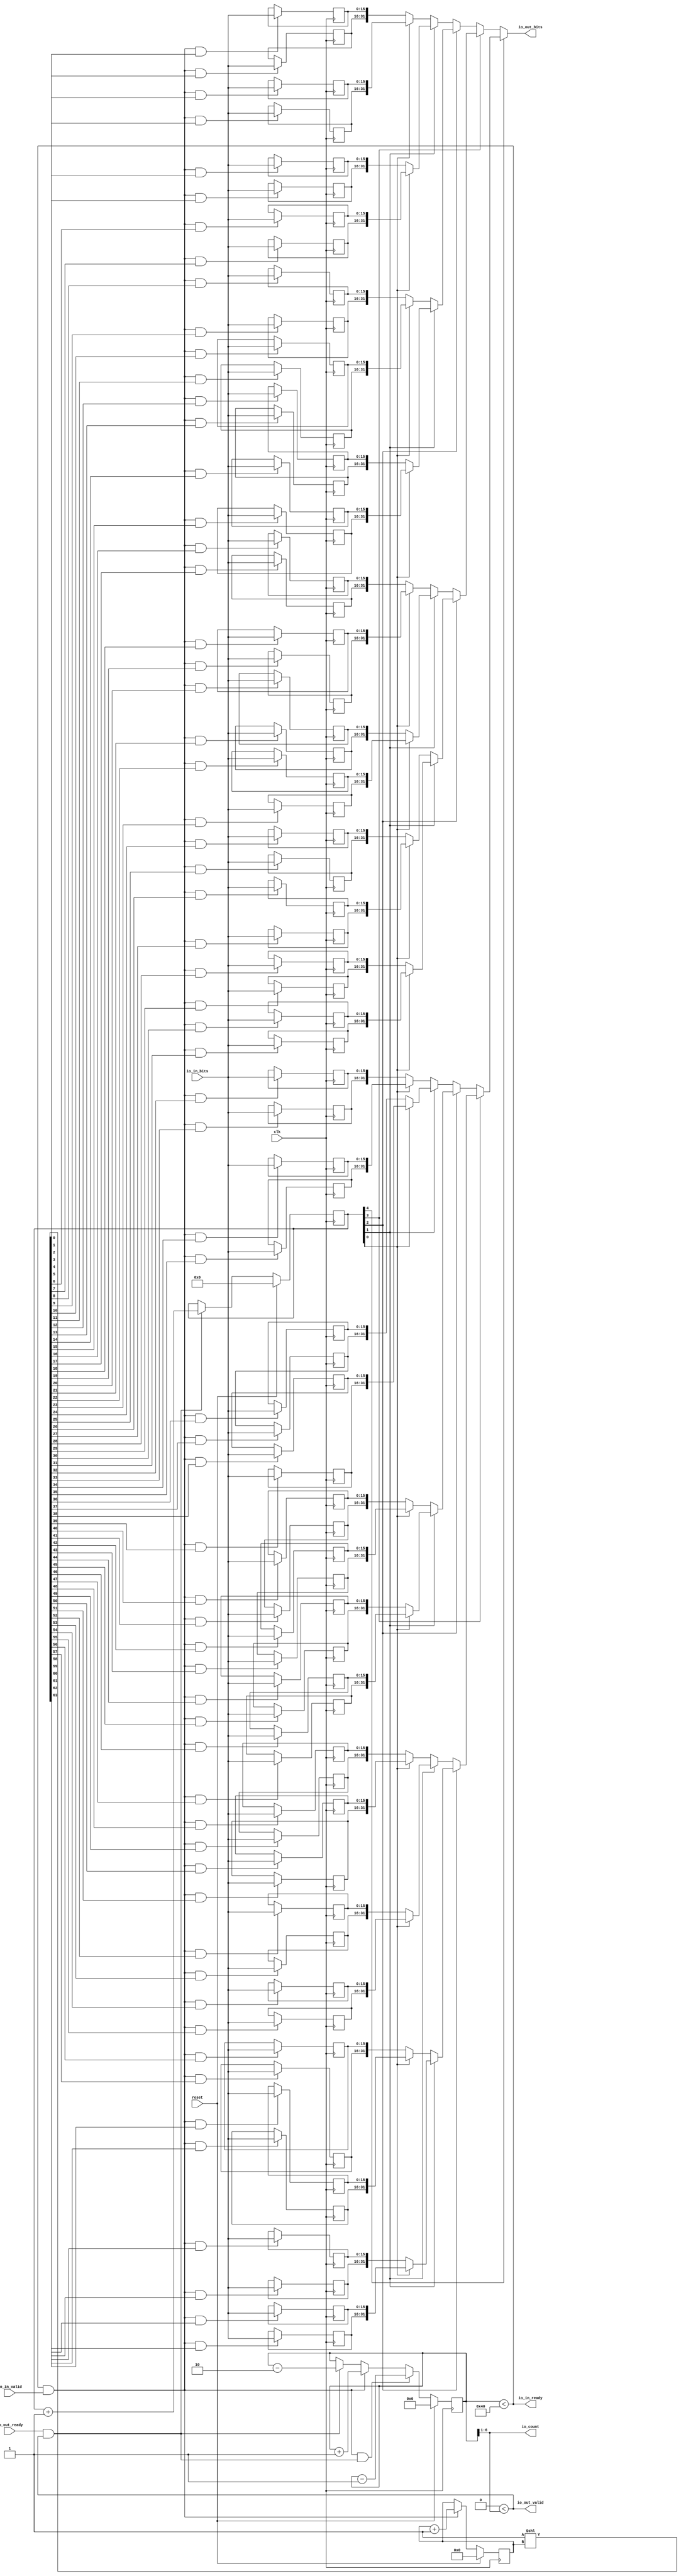
module MultiWidthFifo_0(input clk, input reset,
    output io_in_ready,
    input  io_in_valid,
    input [15:0] io_in_bits,
    input  io_out_ready,
    output io_out_valid,
    output[31:0] io_out_bits,
    output[5:0] io_count
);

  wire[5:0] T0;
  reg [6:0] R1;
  wire[6:0] T376;
  wire[6:0] T2;
  wire[6:0] T3;
  wire[6:0] T4;
  wire[6:0] T5;
  wire T6;
  wire[6:0] T7;
  wire T8;
  wire[6:0] T9;
  wire T10;
  wire T11;
  wire T12;
  wire[31:0] T13;
  wire[31:0] T14;
  wire[31:0] T15;
  wire[31:0] T16;
  wire[31:0] T17;
  wire[31:0] T18;
  reg [15:0] R19;
  wire[15:0] T20;
  wire T21;
  wire T22;
  wire[63:0] T23;
  wire[5:0] T24;
  reg [5:0] R25;
  wire[5:0] T377;
  wire[5:0] T26;
  wire[5:0] T27;
  wire T28;
  reg [15:0] R29;
  wire[15:0] T30;
  wire T31;
  wire T32;
  wire[31:0] T33;
  reg [15:0] R34;
  wire[15:0] T35;
  wire T36;
  wire T37;
  reg [15:0] R38;
  wire[15:0] T39;
  wire T40;
  wire T41;
  wire T42;
  wire[4:0] T43;
  reg [4:0] R44;
  wire[4:0] T378;
  wire[4:0] T45;
  wire[4:0] T46;
  wire T47;
  wire[31:0] T48;
  wire[31:0] T49;
  reg [15:0] R50;
  wire[15:0] T51;
  wire T52;
  wire T53;
  reg [15:0] R54;
  wire[15:0] T55;
  wire T56;
  wire T57;
  wire[31:0] T58;
  reg [15:0] R59;
  wire[15:0] T60;
  wire T61;
  wire T62;
  reg [15:0] R63;
  wire[15:0] T64;
  wire T65;
  wire T66;
  wire T67;
  wire T68;
  wire[31:0] T69;
  wire[31:0] T70;
  wire[31:0] T71;
  reg [15:0] R72;
  wire[15:0] T73;
  wire T74;
  wire T75;
  reg [15:0] R76;
  wire[15:0] T77;
  wire T78;
  wire T79;
  wire[31:0] T80;
  reg [15:0] R81;
  wire[15:0] T82;
  wire T83;
  wire T84;
  reg [15:0] R85;
  wire[15:0] T86;
  wire T87;
  wire T88;
  wire T89;
  wire[31:0] T90;
  wire[31:0] T91;
  reg [15:0] R92;
  wire[15:0] T93;
  wire T94;
  wire T95;
  reg [15:0] R96;
  wire[15:0] T97;
  wire T98;
  wire T99;
  wire[31:0] T100;
  reg [15:0] R101;
  wire[15:0] T102;
  wire T103;
  wire T104;
  reg [15:0] R105;
  wire[15:0] T106;
  wire T107;
  wire T108;
  wire T109;
  wire T110;
  wire T111;
  wire[31:0] T112;
  wire[31:0] T113;
  wire[31:0] T114;
  wire[31:0] T115;
  reg [15:0] R116;
  wire[15:0] T117;
  wire T118;
  wire T119;
  reg [15:0] R120;
  wire[15:0] T121;
  wire T122;
  wire T123;
  wire[31:0] T124;
  reg [15:0] R125;
  wire[15:0] T126;
  wire T127;
  wire T128;
  reg [15:0] R129;
  wire[15:0] T130;
  wire T131;
  wire T132;
  wire T133;
  wire[31:0] T134;
  wire[31:0] T135;
  reg [15:0] R136;
  wire[15:0] T137;
  wire T138;
  wire T139;
  reg [15:0] R140;
  wire[15:0] T141;
  wire T142;
  wire T143;
  wire[31:0] T144;
  reg [15:0] R145;
  wire[15:0] T146;
  wire T147;
  wire T148;
  reg [15:0] R149;
  wire[15:0] T150;
  wire T151;
  wire T152;
  wire T153;
  wire T154;
  wire[31:0] T155;
  wire[31:0] T156;
  wire[31:0] T157;
  reg [15:0] R158;
  wire[15:0] T159;
  wire T160;
  wire T161;
  reg [15:0] R162;
  wire[15:0] T163;
  wire T164;
  wire T165;
  wire[31:0] T166;
  reg [15:0] R167;
  wire[15:0] T168;
  wire T169;
  wire T170;
  reg [15:0] R171;
  wire[15:0] T172;
  wire T173;
  wire T174;
  wire T175;
  wire[31:0] T176;
  wire[31:0] T177;
  reg [15:0] R178;
  wire[15:0] T179;
  wire T180;
  wire T181;
  reg [15:0] R182;
  wire[15:0] T183;
  wire T184;
  wire T185;
  wire[31:0] T186;
  reg [15:0] R187;
  wire[15:0] T188;
  wire T189;
  wire T190;
  reg [15:0] R191;
  wire[15:0] T192;
  wire T193;
  wire T194;
  wire T195;
  wire T196;
  wire T197;
  wire T198;
  wire[31:0] T199;
  wire[31:0] T200;
  wire[31:0] T201;
  wire[31:0] T202;
  wire[31:0] T203;
  reg [15:0] R204;
  wire[15:0] T205;
  wire T206;
  wire T207;
  reg [15:0] R208;
  wire[15:0] T209;
  wire T210;
  wire T211;
  wire[31:0] T212;
  reg [15:0] R213;
  wire[15:0] T214;
  wire T215;
  wire T216;
  reg [15:0] R217;
  wire[15:0] T218;
  wire T219;
  wire T220;
  wire T221;
  wire[31:0] T222;
  wire[31:0] T223;
  reg [15:0] R224;
  wire[15:0] T225;
  wire T226;
  wire T227;
  reg [15:0] R228;
  wire[15:0] T229;
  wire T230;
  wire T231;
  wire[31:0] T232;
  reg [15:0] R233;
  wire[15:0] T234;
  wire T235;
  wire T236;
  reg [15:0] R237;
  wire[15:0] T238;
  wire T239;
  wire T240;
  wire T241;
  wire T242;
  wire[31:0] T243;
  wire[31:0] T244;
  wire[31:0] T245;
  reg [15:0] R246;
  wire[15:0] T247;
  wire T248;
  wire T249;
  reg [15:0] R250;
  wire[15:0] T251;
  wire T252;
  wire T253;
  wire[31:0] T254;
  reg [15:0] R255;
  wire[15:0] T256;
  wire T257;
  wire T258;
  reg [15:0] R259;
  wire[15:0] T260;
  wire T261;
  wire T262;
  wire T263;
  wire[31:0] T264;
  wire[31:0] T265;
  reg [15:0] R266;
  wire[15:0] T267;
  wire T268;
  wire T269;
  reg [15:0] R270;
  wire[15:0] T271;
  wire T272;
  wire T273;
  wire[31:0] T274;
  reg [15:0] R275;
  wire[15:0] T276;
  wire T277;
  wire T278;
  reg [15:0] R279;
  wire[15:0] T280;
  wire T281;
  wire T282;
  wire T283;
  wire T284;
  wire T285;
  wire[31:0] T286;
  wire[31:0] T287;
  wire[31:0] T288;
  wire[31:0] T289;
  reg [15:0] R290;
  wire[15:0] T291;
  wire T292;
  wire T293;
  reg [15:0] R294;
  wire[15:0] T295;
  wire T296;
  wire T297;
  wire[31:0] T298;
  reg [15:0] R299;
  wire[15:0] T300;
  wire T301;
  wire T302;
  reg [15:0] R303;
  wire[15:0] T304;
  wire T305;
  wire T306;
  wire T307;
  wire[31:0] T308;
  wire[31:0] T309;
  reg [15:0] R310;
  wire[15:0] T311;
  wire T312;
  wire T313;
  reg [15:0] R314;
  wire[15:0] T315;
  wire T316;
  wire T317;
  wire[31:0] T318;
  reg [15:0] R319;
  wire[15:0] T320;
  wire T321;
  wire T322;
  reg [15:0] R323;
  wire[15:0] T324;
  wire T325;
  wire T326;
  wire T327;
  wire T328;
  wire[31:0] T329;
  wire[31:0] T330;
  wire[31:0] T331;
  reg [15:0] R332;
  wire[15:0] T333;
  wire T334;
  wire T335;
  reg [15:0] R336;
  wire[15:0] T337;
  wire T338;
  wire T339;
  wire[31:0] T340;
  reg [15:0] R341;
  wire[15:0] T342;
  wire T343;
  wire T344;
  reg [15:0] R345;
  wire[15:0] T346;
  wire T347;
  wire T348;
  wire T349;
  wire[31:0] T350;
  wire[31:0] T351;
  reg [15:0] R352;
  wire[15:0] T353;
  wire T354;
  wire T355;
  reg [15:0] R356;
  wire[15:0] T357;
  wire T358;
  wire T359;
  wire[31:0] T360;
  reg [15:0] R361;
  wire[15:0] T362;
  wire T363;
  wire T364;
  reg [15:0] R365;
  wire[15:0] T366;
  wire T367;
  wire T368;
  wire T369;
  wire T370;
  wire T371;
  wire T372;
  wire T373;
  wire T374;
  wire T375;

`ifndef SYNTHESIS
// synthesis translate_off
  integer initvar;
  initial begin
    #0.002;
    R1 = {1{$random}};
    R19 = {1{$random}};
    R25 = {1{$random}};
    R29 = {1{$random}};
    R34 = {1{$random}};
    R38 = {1{$random}};
    R44 = {1{$random}};
    R50 = {1{$random}};
    R54 = {1{$random}};
    R59 = {1{$random}};
    R63 = {1{$random}};
    R72 = {1{$random}};
    R76 = {1{$random}};
    R81 = {1{$random}};
    R85 = {1{$random}};
    R92 = {1{$random}};
    R96 = {1{$random}};
    R101 = {1{$random}};
    R105 = {1{$random}};
    R116 = {1{$random}};
    R120 = {1{$random}};
    R125 = {1{$random}};
    R129 = {1{$random}};
    R136 = {1{$random}};
    R140 = {1{$random}};
    R145 = {1{$random}};
    R149 = {1{$random}};
    R158 = {1{$random}};
    R162 = {1{$random}};
    R167 = {1{$random}};
    R171 = {1{$random}};
    R178 = {1{$random}};
    R182 = {1{$random}};
    R187 = {1{$random}};
    R191 = {1{$random}};
    R204 = {1{$random}};
    R208 = {1{$random}};
    R213 = {1{$random}};
    R217 = {1{$random}};
    R224 = {1{$random}};
    R228 = {1{$random}};
    R233 = {1{$random}};
    R237 = {1{$random}};
    R246 = {1{$random}};
    R250 = {1{$random}};
    R255 = {1{$random}};
    R259 = {1{$random}};
    R266 = {1{$random}};
    R270 = {1{$random}};
    R275 = {1{$random}};
    R279 = {1{$random}};
    R290 = {1{$random}};
    R294 = {1{$random}};
    R299 = {1{$random}};
    R303 = {1{$random}};
    R310 = {1{$random}};
    R314 = {1{$random}};
    R319 = {1{$random}};
    R323 = {1{$random}};
    R332 = {1{$random}};
    R336 = {1{$random}};
    R341 = {1{$random}};
    R345 = {1{$random}};
    R352 = {1{$random}};
    R356 = {1{$random}};
    R361 = {1{$random}};
    R365 = {1{$random}};
  end
// synthesis translate_on
`endif

  assign io_count = T0;
  assign T0 = R1 >> 1'h1;
  assign T376 = reset ? 7'h0 : T2;
  assign T2 = T10 ? T9 : T3;
  assign T3 = T8 ? T7 : T4;
  assign T4 = T6 ? T5 : R1;
  assign T5 = R1 - 7'h2;
  assign T6 = io_out_ready & io_out_valid;
  assign T7 = R1 + 7'h1;
  assign T8 = io_in_ready & io_in_valid;
  assign T9 = R1 - 7'h1;
  assign T10 = T12 & T11;
  assign T11 = io_out_ready & io_out_valid;
  assign T12 = io_in_ready & io_in_valid;
  assign io_out_bits = T13;
  assign T13 = T373 ? T199 : T14;
  assign T14 = T198 ? T112 : T15;
  assign T15 = T111 ? T69 : T16;
  assign T16 = T68 ? T48 : T17;
  assign T17 = T42 ? T33 : T18;
  assign T18 = {R29, R19};
  assign T20 = T21 ? io_in_bits : R19;
  assign T21 = T28 & T22;
  assign T22 = T23[0];
  assign T23 = 1'h1 << T24;
  assign T24 = R25;
  assign T377 = reset ? 6'h0 : T26;
  assign T26 = T28 ? T27 : R25;
  assign T27 = R25 + 6'h1;
  assign T28 = io_in_ready & io_in_valid;
  assign T30 = T31 ? io_in_bits : R29;
  assign T31 = T28 & T32;
  assign T32 = T23[1];
  assign T33 = {R38, R34};
  assign T35 = T36 ? io_in_bits : R34;
  assign T36 = T28 & T37;
  assign T37 = T23[2];
  assign T39 = T40 ? io_in_bits : R38;
  assign T40 = T28 & T41;
  assign T41 = T23[3];
  assign T42 = T43[0];
  assign T43 = R44;
  assign T378 = reset ? 5'h0 : T45;
  assign T45 = T47 ? T46 : R44;
  assign T46 = R44 + 5'h1;
  assign T47 = io_out_ready & io_out_valid;
  assign T48 = T67 ? T58 : T49;
  assign T49 = {R54, R50};
  assign T51 = T52 ? io_in_bits : R50;
  assign T52 = T28 & T53;
  assign T53 = T23[4];
  assign T55 = T56 ? io_in_bits : R54;
  assign T56 = T28 & T57;
  assign T57 = T23[5];
  assign T58 = {R63, R59};
  assign T60 = T61 ? io_in_bits : R59;
  assign T61 = T28 & T62;
  assign T62 = T23[6];
  assign T64 = T65 ? io_in_bits : R63;
  assign T65 = T28 & T66;
  assign T66 = T23[7];
  assign T67 = T43[0];
  assign T68 = T43[1];
  assign T69 = T110 ? T90 : T70;
  assign T70 = T89 ? T80 : T71;
  assign T71 = {R76, R72};
  assign T73 = T74 ? io_in_bits : R72;
  assign T74 = T28 & T75;
  assign T75 = T23[8];
  assign T77 = T78 ? io_in_bits : R76;
  assign T78 = T28 & T79;
  assign T79 = T23[9];
  assign T80 = {R85, R81};
  assign T82 = T83 ? io_in_bits : R81;
  assign T83 = T28 & T84;
  assign T84 = T23[10];
  assign T86 = T87 ? io_in_bits : R85;
  assign T87 = T28 & T88;
  assign T88 = T23[11];
  assign T89 = T43[0];
  assign T90 = T109 ? T100 : T91;
  assign T91 = {R96, R92};
  assign T93 = T94 ? io_in_bits : R92;
  assign T94 = T28 & T95;
  assign T95 = T23[12];
  assign T97 = T98 ? io_in_bits : R96;
  assign T98 = T28 & T99;
  assign T99 = T23[13];
  assign T100 = {R105, R101};
  assign T102 = T103 ? io_in_bits : R101;
  assign T103 = T28 & T104;
  assign T104 = T23[14];
  assign T106 = T107 ? io_in_bits : R105;
  assign T107 = T28 & T108;
  assign T108 = T23[15];
  assign T109 = T43[0];
  assign T110 = T43[1];
  assign T111 = T43[2];
  assign T112 = T197 ? T155 : T113;
  assign T113 = T154 ? T134 : T114;
  assign T114 = T133 ? T124 : T115;
  assign T115 = {R120, R116};
  assign T117 = T118 ? io_in_bits : R116;
  assign T118 = T28 & T119;
  assign T119 = T23[16];
  assign T121 = T122 ? io_in_bits : R120;
  assign T122 = T28 & T123;
  assign T123 = T23[17];
  assign T124 = {R129, R125};
  assign T126 = T127 ? io_in_bits : R125;
  assign T127 = T28 & T128;
  assign T128 = T23[18];
  assign T130 = T131 ? io_in_bits : R129;
  assign T131 = T28 & T132;
  assign T132 = T23[19];
  assign T133 = T43[0];
  assign T134 = T153 ? T144 : T135;
  assign T135 = {R140, R136};
  assign T137 = T138 ? io_in_bits : R136;
  assign T138 = T28 & T139;
  assign T139 = T23[20];
  assign T141 = T142 ? io_in_bits : R140;
  assign T142 = T28 & T143;
  assign T143 = T23[21];
  assign T144 = {R149, R145};
  assign T146 = T147 ? io_in_bits : R145;
  assign T147 = T28 & T148;
  assign T148 = T23[22];
  assign T150 = T151 ? io_in_bits : R149;
  assign T151 = T28 & T152;
  assign T152 = T23[23];
  assign T153 = T43[0];
  assign T154 = T43[1];
  assign T155 = T196 ? T176 : T156;
  assign T156 = T175 ? T166 : T157;
  assign T157 = {R162, R158};
  assign T159 = T160 ? io_in_bits : R158;
  assign T160 = T28 & T161;
  assign T161 = T23[24];
  assign T163 = T164 ? io_in_bits : R162;
  assign T164 = T28 & T165;
  assign T165 = T23[25];
  assign T166 = {R171, R167};
  assign T168 = T169 ? io_in_bits : R167;
  assign T169 = T28 & T170;
  assign T170 = T23[26];
  assign T172 = T173 ? io_in_bits : R171;
  assign T173 = T28 & T174;
  assign T174 = T23[27];
  assign T175 = T43[0];
  assign T176 = T195 ? T186 : T177;
  assign T177 = {R182, R178};
  assign T179 = T180 ? io_in_bits : R178;
  assign T180 = T28 & T181;
  assign T181 = T23[28];
  assign T183 = T184 ? io_in_bits : R182;
  assign T184 = T28 & T185;
  assign T185 = T23[29];
  assign T186 = {R191, R187};
  assign T188 = T189 ? io_in_bits : R187;
  assign T189 = T28 & T190;
  assign T190 = T23[30];
  assign T192 = T193 ? io_in_bits : R191;
  assign T193 = T28 & T194;
  assign T194 = T23[31];
  assign T195 = T43[0];
  assign T196 = T43[1];
  assign T197 = T43[2];
  assign T198 = T43[3];
  assign T199 = T372 ? T286 : T200;
  assign T200 = T285 ? T243 : T201;
  assign T201 = T242 ? T222 : T202;
  assign T202 = T221 ? T212 : T203;
  assign T203 = {R208, R204};
  assign T205 = T206 ? io_in_bits : R204;
  assign T206 = T28 & T207;
  assign T207 = T23[32];
  assign T209 = T210 ? io_in_bits : R208;
  assign T210 = T28 & T211;
  assign T211 = T23[33];
  assign T212 = {R217, R213};
  assign T214 = T215 ? io_in_bits : R213;
  assign T215 = T28 & T216;
  assign T216 = T23[34];
  assign T218 = T219 ? io_in_bits : R217;
  assign T219 = T28 & T220;
  assign T220 = T23[35];
  assign T221 = T43[0];
  assign T222 = T241 ? T232 : T223;
  assign T223 = {R228, R224};
  assign T225 = T226 ? io_in_bits : R224;
  assign T226 = T28 & T227;
  assign T227 = T23[36];
  assign T229 = T230 ? io_in_bits : R228;
  assign T230 = T28 & T231;
  assign T231 = T23[37];
  assign T232 = {R237, R233};
  assign T234 = T235 ? io_in_bits : R233;
  assign T235 = T28 & T236;
  assign T236 = T23[38];
  assign T238 = T239 ? io_in_bits : R237;
  assign T239 = T28 & T240;
  assign T240 = T23[39];
  assign T241 = T43[0];
  assign T242 = T43[1];
  assign T243 = T284 ? T264 : T244;
  assign T244 = T263 ? T254 : T245;
  assign T245 = {R250, R246};
  assign T247 = T248 ? io_in_bits : R246;
  assign T248 = T28 & T249;
  assign T249 = T23[40];
  assign T251 = T252 ? io_in_bits : R250;
  assign T252 = T28 & T253;
  assign T253 = T23[41];
  assign T254 = {R259, R255};
  assign T256 = T257 ? io_in_bits : R255;
  assign T257 = T28 & T258;
  assign T258 = T23[42];
  assign T260 = T261 ? io_in_bits : R259;
  assign T261 = T28 & T262;
  assign T262 = T23[43];
  assign T263 = T43[0];
  assign T264 = T283 ? T274 : T265;
  assign T265 = {R270, R266};
  assign T267 = T268 ? io_in_bits : R266;
  assign T268 = T28 & T269;
  assign T269 = T23[44];
  assign T271 = T272 ? io_in_bits : R270;
  assign T272 = T28 & T273;
  assign T273 = T23[45];
  assign T274 = {R279, R275};
  assign T276 = T277 ? io_in_bits : R275;
  assign T277 = T28 & T278;
  assign T278 = T23[46];
  assign T280 = T281 ? io_in_bits : R279;
  assign T281 = T28 & T282;
  assign T282 = T23[47];
  assign T283 = T43[0];
  assign T284 = T43[1];
  assign T285 = T43[2];
  assign T286 = T371 ? T329 : T287;
  assign T287 = T328 ? T308 : T288;
  assign T288 = T307 ? T298 : T289;
  assign T289 = {R294, R290};
  assign T291 = T292 ? io_in_bits : R290;
  assign T292 = T28 & T293;
  assign T293 = T23[48];
  assign T295 = T296 ? io_in_bits : R294;
  assign T296 = T28 & T297;
  assign T297 = T23[49];
  assign T298 = {R303, R299};
  assign T300 = T301 ? io_in_bits : R299;
  assign T301 = T28 & T302;
  assign T302 = T23[50];
  assign T304 = T305 ? io_in_bits : R303;
  assign T305 = T28 & T306;
  assign T306 = T23[51];
  assign T307 = T43[0];
  assign T308 = T327 ? T318 : T309;
  assign T309 = {R314, R310};
  assign T311 = T312 ? io_in_bits : R310;
  assign T312 = T28 & T313;
  assign T313 = T23[52];
  assign T315 = T316 ? io_in_bits : R314;
  assign T316 = T28 & T317;
  assign T317 = T23[53];
  assign T318 = {R323, R319};
  assign T320 = T321 ? io_in_bits : R319;
  assign T321 = T28 & T322;
  assign T322 = T23[54];
  assign T324 = T325 ? io_in_bits : R323;
  assign T325 = T28 & T326;
  assign T326 = T23[55];
  assign T327 = T43[0];
  assign T328 = T43[1];
  assign T329 = T370 ? T350 : T330;
  assign T330 = T349 ? T340 : T331;
  assign T331 = {R336, R332};
  assign T333 = T334 ? io_in_bits : R332;
  assign T334 = T28 & T335;
  assign T335 = T23[56];
  assign T337 = T338 ? io_in_bits : R336;
  assign T338 = T28 & T339;
  assign T339 = T23[57];
  assign T340 = {R345, R341};
  assign T342 = T343 ? io_in_bits : R341;
  assign T343 = T28 & T344;
  assign T344 = T23[58];
  assign T346 = T347 ? io_in_bits : R345;
  assign T347 = T28 & T348;
  assign T348 = T23[59];
  assign T349 = T43[0];
  assign T350 = T369 ? T360 : T351;
  assign T351 = {R356, R352};
  assign T353 = T354 ? io_in_bits : R352;
  assign T354 = T28 & T355;
  assign T355 = T23[60];
  assign T357 = T358 ? io_in_bits : R356;
  assign T358 = T28 & T359;
  assign T359 = T23[61];
  assign T360 = {R365, R361};
  assign T362 = T363 ? io_in_bits : R361;
  assign T363 = T28 & T364;
  assign T364 = T23[62];
  assign T366 = T367 ? io_in_bits : R365;
  assign T367 = T28 & T368;
  assign T368 = T23[63];
  assign T369 = T43[0];
  assign T370 = T43[1];
  assign T371 = T43[2];
  assign T372 = T43[3];
  assign T373 = T43[4];
  assign io_out_valid = T374;
  assign T374 = 6'h0 < io_count;
  assign io_in_ready = T375;
  assign T375 = R1 < 7'h40;

  always @(posedge clk) begin
    if(reset) begin
      R1 <= 7'h0;
    end else if(T10) begin
      R1 <= T9;
    end else if(T8) begin
      R1 <= T7;
    end else if(T6) begin
      R1 <= T5;
    end
    if(T21) begin
      R19 <= io_in_bits;
    end
    if(reset) begin
      R25 <= 6'h0;
    end else if(T28) begin
      R25 <= T27;
    end
    if(T31) begin
      R29 <= io_in_bits;
    end
    if(T36) begin
      R34 <= io_in_bits;
    end
    if(T40) begin
      R38 <= io_in_bits;
    end
    if(reset) begin
      R44 <= 5'h0;
    end else if(T47) begin
      R44 <= T46;
    end
    if(T52) begin
      R50 <= io_in_bits;
    end
    if(T56) begin
      R54 <= io_in_bits;
    end
    if(T61) begin
      R59 <= io_in_bits;
    end
    if(T65) begin
      R63 <= io_in_bits;
    end
    if(T74) begin
      R72 <= io_in_bits;
    end
    if(T78) begin
      R76 <= io_in_bits;
    end
    if(T83) begin
      R81 <= io_in_bits;
    end
    if(T87) begin
      R85 <= io_in_bits;
    end
    if(T94) begin
      R92 <= io_in_bits;
    end
    if(T98) begin
      R96 <= io_in_bits;
    end
    if(T103) begin
      R101 <= io_in_bits;
    end
    if(T107) begin
      R105 <= io_in_bits;
    end
    if(T118) begin
      R116 <= io_in_bits;
    end
    if(T122) begin
      R120 <= io_in_bits;
    end
    if(T127) begin
      R125 <= io_in_bits;
    end
    if(T131) begin
      R129 <= io_in_bits;
    end
    if(T138) begin
      R136 <= io_in_bits;
    end
    if(T142) begin
      R140 <= io_in_bits;
    end
    if(T147) begin
      R145 <= io_in_bits;
    end
    if(T151) begin
      R149 <= io_in_bits;
    end
    if(T160) begin
      R158 <= io_in_bits;
    end
    if(T164) begin
      R162 <= io_in_bits;
    end
    if(T169) begin
      R167 <= io_in_bits;
    end
    if(T173) begin
      R171 <= io_in_bits;
    end
    if(T180) begin
      R178 <= io_in_bits;
    end
    if(T184) begin
      R182 <= io_in_bits;
    end
    if(T189) begin
      R187 <= io_in_bits;
    end
    if(T193) begin
      R191 <= io_in_bits;
    end
    if(T206) begin
      R204 <= io_in_bits;
    end
    if(T210) begin
      R208 <= io_in_bits;
    end
    if(T215) begin
      R213 <= io_in_bits;
    end
    if(T219) begin
      R217 <= io_in_bits;
    end
    if(T226) begin
      R224 <= io_in_bits;
    end
    if(T230) begin
      R228 <= io_in_bits;
    end
    if(T235) begin
      R233 <= io_in_bits;
    end
    if(T239) begin
      R237 <= io_in_bits;
    end
    if(T248) begin
      R246 <= io_in_bits;
    end
    if(T252) begin
      R250 <= io_in_bits;
    end
    if(T257) begin
      R255 <= io_in_bits;
    end
    if(T261) begin
      R259 <= io_in_bits;
    end
    if(T268) begin
      R266 <= io_in_bits;
    end
    if(T272) begin
      R270 <= io_in_bits;
    end
    if(T277) begin
      R275 <= io_in_bits;
    end
    if(T281) begin
      R279 <= io_in_bits;
    end
    if(T292) begin
      R290 <= io_in_bits;
    end
    if(T296) begin
      R294 <= io_in_bits;
    end
    if(T301) begin
      R299 <= io_in_bits;
    end
    if(T305) begin
      R303 <= io_in_bits;
    end
    if(T312) begin
      R310 <= io_in_bits;
    end
    if(T316) begin
      R314 <= io_in_bits;
    end
    if(T321) begin
      R319 <= io_in_bits;
    end
    if(T325) begin
      R323 <= io_in_bits;
    end
    if(T334) begin
      R332 <= io_in_bits;
    end
    if(T338) begin
      R336 <= io_in_bits;
    end
    if(T343) begin
      R341 <= io_in_bits;
    end
    if(T347) begin
      R345 <= io_in_bits;
    end
    if(T354) begin
      R352 <= io_in_bits;
    end
    if(T358) begin
      R356 <= io_in_bits;
    end
    if(T363) begin
      R361 <= io_in_bits;
    end
    if(T367) begin
      R365 <= io_in_bits;
    end
  end
endmodule

module MultiWidthFifo_1(input clk, input reset,
    output io_in_ready,
    input  io_in_valid,
    input [31:0] io_in_bits,
    input  io_out_ready,
    output io_out_valid,
    output[15:0] io_out_bits,
    output[5:0] io_count
);

  reg [5:0] R0;
  wire[5:0] T183;
  wire[5:0] T1;
  wire[5:0] T2;
  wire[5:0] T3;
  wire[5:0] T4;
  wire T5;
  wire[5:0] T6;
  wire T7;
  wire[5:0] T8;
  wire T9;
  wire T10;
  wire T11;
  wire[15:0] T12;
  wire[15:0] T13;
  wire[15:0] T14;
  wire[15:0] T15;
  wire[15:0] T16;
  wire[15:0] T17;
  reg [31:0] R18;
  wire[31:0] T19;
  wire T20;
  wire T21;
  wire[15:0] T22;
  wire[3:0] T23;
  reg [3:0] R24;
  wire[3:0] T184;
  wire[3:0] T25;
  wire[3:0] T26;
  wire T27;
  wire[15:0] T28;
  wire T29;
  wire[4:0] T30;
  reg [4:0] R31;
  wire[4:0] T185;
  wire[4:0] T32;
  wire[4:0] T33;
  wire T34;
  wire[15:0] T35;
  wire[15:0] T36;
  reg [31:0] R37;
  wire[31:0] T38;
  wire T39;
  wire T40;
  wire[15:0] T41;
  wire T42;
  wire T43;
  wire[15:0] T44;
  wire[15:0] T45;
  wire[15:0] T46;
  reg [31:0] R47;
  wire[31:0] T48;
  wire T49;
  wire T50;
  wire[15:0] T51;
  wire T52;
  wire[15:0] T53;
  wire[15:0] T54;
  reg [31:0] R55;
  wire[31:0] T56;
  wire T57;
  wire T58;
  wire[15:0] T59;
  wire T60;
  wire T61;
  wire T62;
  wire[15:0] T63;
  wire[15:0] T64;
  wire[15:0] T65;
  wire[15:0] T66;
  reg [31:0] R67;
  wire[31:0] T68;
  wire T69;
  wire T70;
  wire[15:0] T71;
  wire T72;
  wire[15:0] T73;
  wire[15:0] T74;
  reg [31:0] R75;
  wire[31:0] T76;
  wire T77;
  wire T78;
  wire[15:0] T79;
  wire T80;
  wire T81;
  wire[15:0] T82;
  wire[15:0] T83;
  wire[15:0] T84;
  reg [31:0] R85;
  wire[31:0] T86;
  wire T87;
  wire T88;
  wire[15:0] T89;
  wire T90;
  wire[15:0] T91;
  wire[15:0] T92;
  reg [31:0] R93;
  wire[31:0] T94;
  wire T95;
  wire T96;
  wire[15:0] T97;
  wire T98;
  wire T99;
  wire T100;
  wire T101;
  wire[15:0] T102;
  wire[15:0] T103;
  wire[15:0] T104;
  wire[15:0] T105;
  wire[15:0] T106;
  reg [31:0] R107;
  wire[31:0] T108;
  wire T109;
  wire T110;
  wire[15:0] T111;
  wire T112;
  wire[15:0] T113;
  wire[15:0] T114;
  reg [31:0] R115;
  wire[31:0] T116;
  wire T117;
  wire T118;
  wire[15:0] T119;
  wire T120;
  wire T121;
  wire[15:0] T122;
  wire[15:0] T123;
  wire[15:0] T124;
  reg [31:0] R125;
  wire[31:0] T126;
  wire T127;
  wire T128;
  wire[15:0] T129;
  wire T130;
  wire[15:0] T131;
  wire[15:0] T132;
  reg [31:0] R133;
  wire[31:0] T134;
  wire T135;
  wire T136;
  wire[15:0] T137;
  wire T138;
  wire T139;
  wire T140;
  wire[15:0] T141;
  wire[15:0] T142;
  wire[15:0] T143;
  wire[15:0] T144;
  reg [31:0] R145;
  wire[31:0] T146;
  wire T147;
  wire T148;
  wire[15:0] T149;
  wire T150;
  wire[15:0] T151;
  wire[15:0] T152;
  reg [31:0] R153;
  wire[31:0] T154;
  wire T155;
  wire T156;
  wire[15:0] T157;
  wire T158;
  wire T159;
  wire[15:0] T160;
  wire[15:0] T161;
  wire[15:0] T162;
  reg [31:0] R163;
  wire[31:0] T164;
  wire T165;
  wire T166;
  wire[15:0] T167;
  wire T168;
  wire[15:0] T169;
  wire[15:0] T170;
  reg [31:0] R171;
  wire[31:0] T172;
  wire T173;
  wire T174;
  wire[15:0] T175;
  wire T176;
  wire T177;
  wire T178;
  wire T179;
  wire T180;
  wire T181;
  wire T182;

`ifndef SYNTHESIS
// synthesis translate_off
  integer initvar;
  initial begin
    #0.002;
    R0 = {1{$random}};
    R18 = {1{$random}};
    R24 = {1{$random}};
    R31 = {1{$random}};
    R37 = {1{$random}};
    R47 = {1{$random}};
    R55 = {1{$random}};
    R67 = {1{$random}};
    R75 = {1{$random}};
    R85 = {1{$random}};
    R93 = {1{$random}};
    R107 = {1{$random}};
    R115 = {1{$random}};
    R125 = {1{$random}};
    R133 = {1{$random}};
    R145 = {1{$random}};
    R153 = {1{$random}};
    R163 = {1{$random}};
    R171 = {1{$random}};
  end
// synthesis translate_on
`endif

  assign io_count = R0;
  assign T183 = reset ? 6'h0 : T1;
  assign T1 = T9 ? T8 : T2;
  assign T2 = T7 ? T6 : T3;
  assign T3 = T5 ? T4 : R0;
  assign T4 = R0 - 6'h1;
  assign T5 = io_out_ready & io_out_valid;
  assign T6 = R0 + 6'h2;
  assign T7 = io_in_ready & io_in_valid;
  assign T8 = R0 + 6'h1;
  assign T9 = T11 & T10;
  assign T10 = io_out_ready & io_out_valid;
  assign T11 = io_in_ready & io_in_valid;
  assign io_out_bits = T12;
  assign T12 = T180 ? T102 : T13;
  assign T13 = T101 ? T63 : T14;
  assign T14 = T62 ? T44 : T15;
  assign T15 = T43 ? T35 : T16;
  assign T16 = T29 ? T28 : T17;
  assign T17 = R18[15:0];
  assign T19 = T20 ? io_in_bits : R18;
  assign T20 = T27 & T21;
  assign T21 = T22[0];
  assign T22 = 1'h1 << T23;
  assign T23 = R24;
  assign T184 = reset ? 4'h0 : T25;
  assign T25 = T27 ? T26 : R24;
  assign T26 = R24 + 4'h1;
  assign T27 = io_in_ready & io_in_valid;
  assign T28 = R18[31:16];
  assign T29 = T30[0];
  assign T30 = R31;
  assign T185 = reset ? 5'h0 : T32;
  assign T32 = T34 ? T33 : R31;
  assign T33 = R31 + 5'h1;
  assign T34 = io_out_ready & io_out_valid;
  assign T35 = T42 ? T41 : T36;
  assign T36 = R37[15:0];
  assign T38 = T39 ? io_in_bits : R37;
  assign T39 = T27 & T40;
  assign T40 = T22[1];
  assign T41 = R37[31:16];
  assign T42 = T30[0];
  assign T43 = T30[1];
  assign T44 = T61 ? T53 : T45;
  assign T45 = T52 ? T51 : T46;
  assign T46 = R47[15:0];
  assign T48 = T49 ? io_in_bits : R47;
  assign T49 = T27 & T50;
  assign T50 = T22[2];
  assign T51 = R47[31:16];
  assign T52 = T30[0];
  assign T53 = T60 ? T59 : T54;
  assign T54 = R55[15:0];
  assign T56 = T57 ? io_in_bits : R55;
  assign T57 = T27 & T58;
  assign T58 = T22[3];
  assign T59 = R55[31:16];
  assign T60 = T30[0];
  assign T61 = T30[1];
  assign T62 = T30[2];
  assign T63 = T100 ? T82 : T64;
  assign T64 = T81 ? T73 : T65;
  assign T65 = T72 ? T71 : T66;
  assign T66 = R67[15:0];
  assign T68 = T69 ? io_in_bits : R67;
  assign T69 = T27 & T70;
  assign T70 = T22[4];
  assign T71 = R67[31:16];
  assign T72 = T30[0];
  assign T73 = T80 ? T79 : T74;
  assign T74 = R75[15:0];
  assign T76 = T77 ? io_in_bits : R75;
  assign T77 = T27 & T78;
  assign T78 = T22[5];
  assign T79 = R75[31:16];
  assign T80 = T30[0];
  assign T81 = T30[1];
  assign T82 = T99 ? T91 : T83;
  assign T83 = T90 ? T89 : T84;
  assign T84 = R85[15:0];
  assign T86 = T87 ? io_in_bits : R85;
  assign T87 = T27 & T88;
  assign T88 = T22[6];
  assign T89 = R85[31:16];
  assign T90 = T30[0];
  assign T91 = T98 ? T97 : T92;
  assign T92 = R93[15:0];
  assign T94 = T95 ? io_in_bits : R93;
  assign T95 = T27 & T96;
  assign T96 = T22[7];
  assign T97 = R93[31:16];
  assign T98 = T30[0];
  assign T99 = T30[1];
  assign T100 = T30[2];
  assign T101 = T30[3];
  assign T102 = T179 ? T141 : T103;
  assign T103 = T140 ? T122 : T104;
  assign T104 = T121 ? T113 : T105;
  assign T105 = T112 ? T111 : T106;
  assign T106 = R107[15:0];
  assign T108 = T109 ? io_in_bits : R107;
  assign T109 = T27 & T110;
  assign T110 = T22[8];
  assign T111 = R107[31:16];
  assign T112 = T30[0];
  assign T113 = T120 ? T119 : T114;
  assign T114 = R115[15:0];
  assign T116 = T117 ? io_in_bits : R115;
  assign T117 = T27 & T118;
  assign T118 = T22[9];
  assign T119 = R115[31:16];
  assign T120 = T30[0];
  assign T121 = T30[1];
  assign T122 = T139 ? T131 : T123;
  assign T123 = T130 ? T129 : T124;
  assign T124 = R125[15:0];
  assign T126 = T127 ? io_in_bits : R125;
  assign T127 = T27 & T128;
  assign T128 = T22[10];
  assign T129 = R125[31:16];
  assign T130 = T30[0];
  assign T131 = T138 ? T137 : T132;
  assign T132 = R133[15:0];
  assign T134 = T135 ? io_in_bits : R133;
  assign T135 = T27 & T136;
  assign T136 = T22[11];
  assign T137 = R133[31:16];
  assign T138 = T30[0];
  assign T139 = T30[1];
  assign T140 = T30[2];
  assign T141 = T178 ? T160 : T142;
  assign T142 = T159 ? T151 : T143;
  assign T143 = T150 ? T149 : T144;
  assign T144 = R145[15:0];
  assign T146 = T147 ? io_in_bits : R145;
  assign T147 = T27 & T148;
  assign T148 = T22[12];
  assign T149 = R145[31:16];
  assign T150 = T30[0];
  assign T151 = T158 ? T157 : T152;
  assign T152 = R153[15:0];
  assign T154 = T155 ? io_in_bits : R153;
  assign T155 = T27 & T156;
  assign T156 = T22[13];
  assign T157 = R153[31:16];
  assign T158 = T30[0];
  assign T159 = T30[1];
  assign T160 = T177 ? T169 : T161;
  assign T161 = T168 ? T167 : T162;
  assign T162 = R163[15:0];
  assign T164 = T165 ? io_in_bits : R163;
  assign T165 = T27 & T166;
  assign T166 = T22[14];
  assign T167 = R163[31:16];
  assign T168 = T30[0];
  assign T169 = T176 ? T175 : T170;
  assign T170 = R171[15:0];
  assign T172 = T173 ? io_in_bits : R171;
  assign T173 = T27 & T174;
  assign T174 = T22[15];
  assign T175 = R171[31:16];
  assign T176 = T30[0];
  assign T177 = T30[1];
  assign T178 = T30[2];
  assign T179 = T30[3];
  assign T180 = T30[4];
  assign io_out_valid = T181;
  assign T181 = 6'h0 < R0;
  assign io_in_ready = T182;
  assign T182 = R0 < 6'h20;

  always @(posedge clk) begin
    if(reset) begin
      R0 <= 6'h0;
    end else if(T9) begin
      R0 <= T8;
    end else if(T7) begin
      R0 <= T6;
    end else if(T5) begin
      R0 <= T4;
    end
    if(T20) begin
      R18 <= io_in_bits;
    end
    if(reset) begin
      R24 <= 4'h0;
    end else if(T27) begin
      R24 <= T26;
    end
    if(reset) begin
      R31 <= 5'h0;
    end else if(T34) begin
      R31 <= T33;
    end
    if(T39) begin
      R37 <= io_in_bits;
    end
    if(T49) begin
      R47 <= io_in_bits;
    end
    if(T57) begin
      R55 <= io_in_bits;
    end
    if(T69) begin
      R67 <= io_in_bits;
    end
    if(T77) begin
      R75 <= io_in_bits;
    end
    if(T87) begin
      R85 <= io_in_bits;
    end
    if(T95) begin
      R93 <= io_in_bits;
    end
    if(T109) begin
      R107 <= io_in_bits;
    end
    if(T117) begin
      R115 <= io_in_bits;
    end
    if(T127) begin
      R125 <= io_in_bits;
    end
    if(T135) begin
      R133 <= io_in_bits;
    end
    if(T147) begin
      R145 <= io_in_bits;
    end
    if(T155) begin
      R153 <= io_in_bits;
    end
    if(T165) begin
      R163 <= io_in_bits;
    end
    if(T173) begin
      R171 <= io_in_bits;
    end
  end
endmodule

module NastiIOHostIOConverter(input clk, input reset,
    output io_nasti_aw_ready,
    input  io_nasti_aw_valid,
    input [31:0] io_nasti_aw_bits_addr,
    input [7:0] io_nasti_aw_bits_len,
    input [2:0] io_nasti_aw_bits_size,
    input [1:0] io_nasti_aw_bits_burst,
    input  io_nasti_aw_bits_lock,
    input [3:0] io_nasti_aw_bits_cache,
    input [2:0] io_nasti_aw_bits_prot,
    input [3:0] io_nasti_aw_bits_qos,
    input [3:0] io_nasti_aw_bits_region,
    input [11:0] io_nasti_aw_bits_id,
    input  io_nasti_aw_bits_user,
    output io_nasti_w_ready,
    input  io_nasti_w_valid,
    input [31:0] io_nasti_w_bits_data,
    input  io_nasti_w_bits_last,
    input [11:0] io_nasti_w_bits_id,
    input [3:0] io_nasti_w_bits_strb,
    input  io_nasti_w_bits_user,
    input  io_nasti_b_ready,
    output io_nasti_b_valid,
    output[1:0] io_nasti_b_bits_resp,
    output[11:0] io_nasti_b_bits_id,
    output io_nasti_b_bits_user,
    output io_nasti_ar_ready,
    input  io_nasti_ar_valid,
    input [31:0] io_nasti_ar_bits_addr,
    input [7:0] io_nasti_ar_bits_len,
    input [2:0] io_nasti_ar_bits_size,
    input [1:0] io_nasti_ar_bits_burst,
    input  io_nasti_ar_bits_lock,
    input [3:0] io_nasti_ar_bits_cache,
    input [2:0] io_nasti_ar_bits_prot,
    input [3:0] io_nasti_ar_bits_qos,
    input [3:0] io_nasti_ar_bits_region,
    input [11:0] io_nasti_ar_bits_id,
    input  io_nasti_ar_bits_user,
    input  io_nasti_r_ready,
    output io_nasti_r_valid,
    output[1:0] io_nasti_r_bits_resp,
    output[31:0] io_nasti_r_bits_data,
    output io_nasti_r_bits_last,
    output[11:0] io_nasti_r_bits_id,
    output io_nasti_r_bits_user,
    input  io_host_clk,
    input  io_host_clk_edge,
    input  io_host_in_ready,
    output io_host_in_valid,
    output[15:0] io_host_in_bits,
    output io_host_out_ready,
    input  io_host_out_valid,
    input [15:0] io_host_out_bits,
    output io_reset
);

  reg  T0;
  wire T1;
  wire T2;
  wire T3;
  wire T4;
  wire T5;
  wire T6;
  reg  T7;
  wire T8;
  wire T9;
  wire T10;
  wire T11;
  wire T12;
  wire T13;
  reg  T14;
  wire T15;
  wire T16;
  wire T17;
  wire T18;
  wire T19;
  reg  fifo_wen;
  wire T76;
  wire T20;
  wire T21;
  wire T22;
  wire T23;
  wire[4:0] waddr;
  wire T24;
  wire T25;
  wire T26;
  wire T27;
  reg  fifo_ren;
  wire T77;
  wire T28;
  wire T29;
  wire T30;
  wire T31;
  wire[4:0] raddr;
  wire T32;
  wire T33;
  wire T34;
  wire T35;
  reg  wr_reset;
  wire T78;
  wire T36;
  wire T37;
  wire T38;
  wire T39;
  wire T40;
  wire T41;
  wire T42;
  wire[11:0] T43;
  reg [11:0] fifo_rd_id;
  wire[11:0] T44;
  wire T45;
  wire T46;
  reg [7:0] fifo_rd_len;
  wire[7:0] T47;
  wire[7:0] T48;
  wire[7:0] T49;
  wire T50;
  wire T51;
  wire[31:0] T52;
  wire[31:0] T53;
  wire[31:0] T79;
  wire[1:0] T54;
  wire T55;
  reg  rd_count;
  wire T80;
  wire T56;
  wire T57;
  wire T58;
  wire T59;
  wire T60;
  wire T61;
  wire T62;
  wire T63;
  wire T64;
  wire[11:0] T65;
  reg [11:0] fifo_wr_id;
  wire[11:0] T66;
  wire[1:0] T67;
  reg  fifo_wr_ack;
  wire T81;
  wire T68;
  wire T69;
  wire T70;
  wire T71;
  wire T72;
  wire T73;
  wire T74;
  wire T75;
  wire hn_fifo_io_in_ready;
  wire hn_fifo_io_out_valid;
  wire[31:0] hn_fifo_io_out_bits;
  wire[5:0] hn_fifo_io_count;
  wire nh_fifo_io_in_ready;
  wire nh_fifo_io_out_valid;
  wire[15:0] nh_fifo_io_out_bits;

`ifndef SYNTHESIS
// synthesis translate_off
  integer initvar;
  initial begin
    #0.002;
    T0 = 1'b0;
    T7 = 1'b0;
    T14 = 1'b0;
    fifo_wen = {1{$random}};
    fifo_ren = {1{$random}};
    wr_reset = {1{$random}};
    fifo_rd_id = {1{$random}};
    fifo_rd_len = {1{$random}};
    rd_count = {1{$random}};
    fifo_wr_id = {1{$random}};
    fifo_wr_ack = {1{$random}};
  end
// synthesis translate_on
`endif

  assign T1 = T2 | reset;
  assign T2 = T4 | T3;
  assign T3 = io_nasti_aw_bits_burst == 2'h0;
  assign T4 = T6 | T5;
  assign T5 = io_nasti_aw_bits_len == 8'h0;
  assign T6 = io_nasti_aw_valid ^ 1'h1;
  assign T8 = T9 | reset;
  assign T9 = T11 | T10;
  assign T10 = io_nasti_ar_bits_burst == 2'h0;
  assign T11 = T13 | T12;
  assign T12 = io_nasti_ar_bits_len == 8'h0;
  assign T13 = io_nasti_ar_valid ^ 1'h1;
  assign T15 = T16 | reset;
  assign T16 = T18 | T17;
  assign T17 = io_nasti_w_bits_strb == 4'hf;
  assign T18 = io_nasti_w_valid ^ 1'h1;
  assign T19 = fifo_wen & io_nasti_w_valid;
  assign T76 = reset ? 1'h0 : T20;
  assign T20 = T25 ? 1'h0 : T21;
  assign T21 = T22 ? 1'h1 : fifo_wen;
  assign T22 = T24 & T23;
  assign T23 = waddr == 5'h0;
  assign waddr = io_nasti_aw_bits_addr[6:2];
  assign T24 = io_nasti_aw_ready & io_nasti_aw_valid;
  assign T25 = T26 & io_nasti_w_bits_last;
  assign T26 = io_nasti_w_ready & io_nasti_w_valid;
  assign T27 = fifo_ren & io_nasti_r_ready;
  assign T77 = reset ? 1'h0 : T28;
  assign T28 = T33 ? 1'h0 : T29;
  assign T29 = T30 ? 1'h1 : fifo_ren;
  assign T30 = T32 & T31;
  assign T31 = raddr == 5'h1;
  assign raddr = io_nasti_ar_bits_addr[6:2];
  assign T32 = io_nasti_ar_ready & io_nasti_ar_valid;
  assign T33 = T34 & io_nasti_r_bits_last;
  assign T34 = io_nasti_r_ready & io_nasti_r_valid;
  assign io_reset = T35;
  assign T35 = io_nasti_w_valid & wr_reset;
  assign T78 = reset ? 1'h0 : T36;
  assign T36 = T25 ? 1'h0 : T37;
  assign T37 = T38 ? 1'h1 : wr_reset;
  assign T38 = T24 & T39;
  assign T39 = T41 & T40;
  assign T40 = waddr == 5'h1f;
  assign T41 = T23 ^ 1'h1;
  assign io_host_out_ready = hn_fifo_io_in_ready;
  assign io_host_in_bits = nh_fifo_io_out_bits;
  assign io_host_in_valid = nh_fifo_io_out_valid;
  assign io_nasti_r_bits_user = T42;
  assign T42 = 1'h0;
  assign io_nasti_r_bits_id = T43;
  assign T43 = fifo_rd_id;
  assign T44 = T32 ? io_nasti_ar_bits_id : fifo_rd_id;
  assign io_nasti_r_bits_last = T45;
  assign T45 = T46;
  assign T46 = fifo_rd_len == 8'h0;
  assign T47 = T50 ? T49 : T48;
  assign T48 = T32 ? io_nasti_ar_bits_len : fifo_rd_len;
  assign T49 = fifo_rd_len - 8'h1;
  assign T50 = T34 & T51;
  assign T51 = io_nasti_r_bits_last ^ 1'h1;
  assign io_nasti_r_bits_data = T52;
  assign T52 = T53;
  assign T53 = fifo_ren ? hn_fifo_io_out_bits : T79;
  assign T79 = {26'h0, hn_fifo_io_count};
  assign io_nasti_r_bits_resp = T54;
  assign T54 = 2'h0;
  assign io_nasti_r_valid = T55;
  assign T55 = T62 | rd_count;
  assign T80 = reset ? 1'h0 : T56;
  assign T56 = T33 ? 1'h0 : T57;
  assign T57 = T58 ? 1'h1 : rd_count;
  assign T58 = T32 & T59;
  assign T59 = T61 & T60;
  assign T60 = raddr == 5'h0;
  assign T61 = T31 ^ 1'h1;
  assign T62 = fifo_ren & hn_fifo_io_out_valid;
  assign io_nasti_ar_ready = T63;
  assign T63 = fifo_ren ^ 1'h1;
  assign io_nasti_b_bits_user = T64;
  assign T64 = 1'h0;
  assign io_nasti_b_bits_id = T65;
  assign T65 = fifo_wr_id;
  assign T66 = T24 ? io_nasti_aw_bits_id : fifo_wr_id;
  assign io_nasti_b_bits_resp = T67;
  assign T67 = 2'h0;
  assign io_nasti_b_valid = fifo_wr_ack;
  assign T81 = reset ? 1'h0 : T68;
  assign T68 = T70 ? 1'h0 : T69;
  assign T69 = T25 ? 1'h1 : fifo_wr_ack;
  assign T70 = io_nasti_b_ready & io_nasti_b_valid;
  assign io_nasti_w_ready = T71;
  assign T71 = T72 | wr_reset;
  assign T72 = fifo_wen & nh_fifo_io_in_ready;
  assign io_nasti_aw_ready = T73;
  assign T73 = T75 & T74;
  assign T74 = fifo_wr_ack ^ 1'h1;
  assign T75 = fifo_wen ^ 1'h1;
  MultiWidthFifo_0 hn_fifo(.clk(clk), .reset(reset),
       .io_in_ready( hn_fifo_io_in_ready ),
       .io_in_valid( io_host_out_valid ),
       .io_in_bits( io_host_out_bits ),
       .io_out_ready( T27 ),
       .io_out_valid( hn_fifo_io_out_valid ),
       .io_out_bits( hn_fifo_io_out_bits ),
       .io_count( hn_fifo_io_count )
  );
  MultiWidthFifo_1 nh_fifo(.clk(clk), .reset(reset),
       .io_in_ready( nh_fifo_io_in_ready ),
       .io_in_valid( T19 ),
       .io_in_bits( io_nasti_w_bits_data ),
       .io_out_ready( io_host_in_ready ),
       .io_out_valid( nh_fifo_io_out_valid ),
       .io_out_bits( nh_fifo_io_out_bits )
       //.io_count(  )
  );

  always @(posedge clk) begin
`ifndef SYNTHESIS
// synthesis translate_off
  if(reset) T14 <= 1'b1;
  if(!T15 && T14 && !reset) begin
    $fwrite(32'h80000002, "ASSERTION FAILED: %s\n", "Nasti to HostIO converter cannot take partial writes");
    $finish;
  end
// synthesis translate_on
`endif
`ifndef SYNTHESIS
// synthesis translate_off
  if(reset) T7 <= 1'b1;
  if(!T8 && T7 && !reset) begin
    $fwrite(32'h80000002, "ASSERTION FAILED: %s\n", "Nasti to HostIO converter can only take fixed bursts");
    $finish;
  end
// synthesis translate_on
`endif
`ifndef SYNTHESIS
// synthesis translate_off
  if(reset) T0 <= 1'b1;
  if(!T1 && T0 && !reset) begin
    $fwrite(32'h80000002, "ASSERTION FAILED: %s\n", "Nasti to HostIO converter can only take fixed bursts");
    $finish;
  end
// synthesis translate_on
`endif
    if(reset) begin
      fifo_wen <= 1'h0;
    end else if(T25) begin
      fifo_wen <= 1'h0;
    end else if(T22) begin
      fifo_wen <= 1'h1;
    end
    if(reset) begin
      fifo_ren <= 1'h0;
    end else if(T33) begin
      fifo_ren <= 1'h0;
    end else if(T30) begin
      fifo_ren <= 1'h1;
    end
    if(reset) begin
      wr_reset <= 1'h0;
    end else if(T25) begin
      wr_reset <= 1'h0;
    end else if(T38) begin
      wr_reset <= 1'h1;
    end
    if(T32) begin
      fifo_rd_id <= io_nasti_ar_bits_id;
    end
    if(T50) begin
      fifo_rd_len <= T49;
    end else if(T32) begin
      fifo_rd_len <= io_nasti_ar_bits_len;
    end
    if(reset) begin
      rd_count <= 1'h0;
    end else if(T33) begin
      rd_count <= 1'h0;
    end else if(T58) begin
      rd_count <= 1'h1;
    end
    if(T24) begin
      fifo_wr_id <= io_nasti_aw_bits_id;
    end
    if(reset) begin
      fifo_wr_ack <= 1'h0;
    end else if(T70) begin
      fifo_wr_ack <= 1'h0;
    end else if(T25) begin
      fifo_wr_ack <= 1'h1;
    end
  end
endmodule

module ZynqAdapter(input clk, input reset,
    output io_nasti_aw_ready,
    input  io_nasti_aw_valid,
    input [31:0] io_nasti_aw_bits_addr,
    input [7:0] io_nasti_aw_bits_len,
    input [2:0] io_nasti_aw_bits_size,
    input [1:0] io_nasti_aw_bits_burst,
    input  io_nasti_aw_bits_lock,
    input [3:0] io_nasti_aw_bits_cache,
    input [2:0] io_nasti_aw_bits_prot,
    input [3:0] io_nasti_aw_bits_qos,
    input [3:0] io_nasti_aw_bits_region,
    input [11:0] io_nasti_aw_bits_id,
    input  io_nasti_aw_bits_user,
    output io_nasti_w_ready,
    input  io_nasti_w_valid,
    input [31:0] io_nasti_w_bits_data,
    input  io_nasti_w_bits_last,
    input [11:0] io_nasti_w_bits_id,
    input [3:0] io_nasti_w_bits_strb,
    input  io_nasti_w_bits_user,
    input  io_nasti_b_ready,
    output io_nasti_b_valid,
    output[1:0] io_nasti_b_bits_resp,
    output[11:0] io_nasti_b_bits_id,
    output io_nasti_b_bits_user,
    output io_nasti_ar_ready,
    input  io_nasti_ar_valid,
    input [31:0] io_nasti_ar_bits_addr,
    input [7:0] io_nasti_ar_bits_len,
    input [2:0] io_nasti_ar_bits_size,
    input [1:0] io_nasti_ar_bits_burst,
    input  io_nasti_ar_bits_lock,
    input [3:0] io_nasti_ar_bits_cache,
    input [2:0] io_nasti_ar_bits_prot,
    input [3:0] io_nasti_ar_bits_qos,
    input [3:0] io_nasti_ar_bits_region,
    input [11:0] io_nasti_ar_bits_id,
    input  io_nasti_ar_bits_user,
    input  io_nasti_r_ready,
    output io_nasti_r_valid,
    output[1:0] io_nasti_r_bits_resp,
    output[31:0] io_nasti_r_bits_data,
    output io_nasti_r_bits_last,
    output[11:0] io_nasti_r_bits_id,
    output io_nasti_r_bits_user,
    input  io_host_clk,
    input  io_host_clk_edge,
    input  io_host_in_ready,
    output io_host_in_valid,
    output[15:0] io_host_in_bits,
    output io_host_out_ready,
    input  io_host_out_valid,
    input [15:0] io_host_out_bits,
    output io_reset
);

  wire conv_io_nasti_aw_ready;
  wire conv_io_nasti_w_ready;
  wire conv_io_nasti_b_valid;
  wire[1:0] conv_io_nasti_b_bits_resp;
  wire[11:0] conv_io_nasti_b_bits_id;
  wire conv_io_nasti_b_bits_user;
  wire conv_io_nasti_ar_ready;
  wire conv_io_nasti_r_valid;
  wire[1:0] conv_io_nasti_r_bits_resp;
  wire[31:0] conv_io_nasti_r_bits_data;
  wire conv_io_nasti_r_bits_last;
  wire[11:0] conv_io_nasti_r_bits_id;
  wire conv_io_nasti_r_bits_user;
  wire conv_io_host_in_valid;
  wire[15:0] conv_io_host_in_bits;
  wire conv_io_host_out_ready;
  wire conv_io_reset;


  assign io_reset = conv_io_reset;
  assign io_host_out_ready = conv_io_host_out_ready;
  assign io_host_in_bits = conv_io_host_in_bits;
  assign io_host_in_valid = conv_io_host_in_valid;
  assign io_nasti_r_bits_user = conv_io_nasti_r_bits_user;
  assign io_nasti_r_bits_id = conv_io_nasti_r_bits_id;
  assign io_nasti_r_bits_last = conv_io_nasti_r_bits_last;
  assign io_nasti_r_bits_data = conv_io_nasti_r_bits_data;
  assign io_nasti_r_bits_resp = conv_io_nasti_r_bits_resp;
  assign io_nasti_r_valid = conv_io_nasti_r_valid;
  assign io_nasti_ar_ready = conv_io_nasti_ar_ready;
  assign io_nasti_b_bits_user = conv_io_nasti_b_bits_user;
  assign io_nasti_b_bits_id = conv_io_nasti_b_bits_id;
  assign io_nasti_b_bits_resp = conv_io_nasti_b_bits_resp;
  assign io_nasti_b_valid = conv_io_nasti_b_valid;
  assign io_nasti_w_ready = conv_io_nasti_w_ready;
  assign io_nasti_aw_ready = conv_io_nasti_aw_ready;
  NastiIOHostIOConverter conv(.clk(clk), .reset(reset),
       .io_nasti_aw_ready( conv_io_nasti_aw_ready ),
       .io_nasti_aw_valid( io_nasti_aw_valid ),
       .io_nasti_aw_bits_addr( io_nasti_aw_bits_addr ),
       .io_nasti_aw_bits_len( io_nasti_aw_bits_len ),
       .io_nasti_aw_bits_size( io_nasti_aw_bits_size ),
       .io_nasti_aw_bits_burst( io_nasti_aw_bits_burst ),
       .io_nasti_aw_bits_lock( io_nasti_aw_bits_lock ),
       .io_nasti_aw_bits_cache( io_nasti_aw_bits_cache ),
       .io_nasti_aw_bits_prot( io_nasti_aw_bits_prot ),
       .io_nasti_aw_bits_qos( io_nasti_aw_bits_qos ),
       .io_nasti_aw_bits_region( io_nasti_aw_bits_region ),
       .io_nasti_aw_bits_id( io_nasti_aw_bits_id ),
       .io_nasti_aw_bits_user( io_nasti_aw_bits_user ),
       .io_nasti_w_ready( conv_io_nasti_w_ready ),
       .io_nasti_w_valid( io_nasti_w_valid ),
       .io_nasti_w_bits_data( io_nasti_w_bits_data ),
       .io_nasti_w_bits_last( io_nasti_w_bits_last ),
       .io_nasti_w_bits_id( io_nasti_w_bits_id ),
       .io_nasti_w_bits_strb( io_nasti_w_bits_strb ),
       .io_nasti_w_bits_user( io_nasti_w_bits_user ),
       .io_nasti_b_ready( io_nasti_b_ready ),
       .io_nasti_b_valid( conv_io_nasti_b_valid ),
       .io_nasti_b_bits_resp( conv_io_nasti_b_bits_resp ),
       .io_nasti_b_bits_id( conv_io_nasti_b_bits_id ),
       .io_nasti_b_bits_user( conv_io_nasti_b_bits_user ),
       .io_nasti_ar_ready( conv_io_nasti_ar_ready ),
       .io_nasti_ar_valid( io_nasti_ar_valid ),
       .io_nasti_ar_bits_addr( io_nasti_ar_bits_addr ),
       .io_nasti_ar_bits_len( io_nasti_ar_bits_len ),
       .io_nasti_ar_bits_size( io_nasti_ar_bits_size ),
       .io_nasti_ar_bits_burst( io_nasti_ar_bits_burst ),
       .io_nasti_ar_bits_lock( io_nasti_ar_bits_lock ),
       .io_nasti_ar_bits_cache( io_nasti_ar_bits_cache ),
       .io_nasti_ar_bits_prot( io_nasti_ar_bits_prot ),
       .io_nasti_ar_bits_qos( io_nasti_ar_bits_qos ),
       .io_nasti_ar_bits_region( io_nasti_ar_bits_region ),
       .io_nasti_ar_bits_id( io_nasti_ar_bits_id ),
       .io_nasti_ar_bits_user( io_nasti_ar_bits_user ),
       .io_nasti_r_ready( io_nasti_r_ready ),
       .io_nasti_r_valid( conv_io_nasti_r_valid ),
       .io_nasti_r_bits_resp( conv_io_nasti_r_bits_resp ),
       .io_nasti_r_bits_data( conv_io_nasti_r_bits_data ),
       .io_nasti_r_bits_last( conv_io_nasti_r_bits_last ),
       .io_nasti_r_bits_id( conv_io_nasti_r_bits_id ),
       .io_nasti_r_bits_user( conv_io_nasti_r_bits_user ),
       .io_host_clk( io_host_clk ),
       .io_host_clk_edge( io_host_clk_edge ),
       .io_host_in_ready( io_host_in_ready ),
       .io_host_in_valid( conv_io_host_in_valid ),
       .io_host_in_bits( conv_io_host_in_bits ),
       .io_host_out_ready( conv_io_host_out_ready ),
       .io_host_out_valid( io_host_out_valid ),
       .io_host_out_bits( io_host_out_bits ),
       .io_reset( conv_io_reset )
  );
endmodule